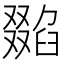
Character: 𠮌